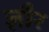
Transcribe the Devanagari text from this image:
ज्ञौर